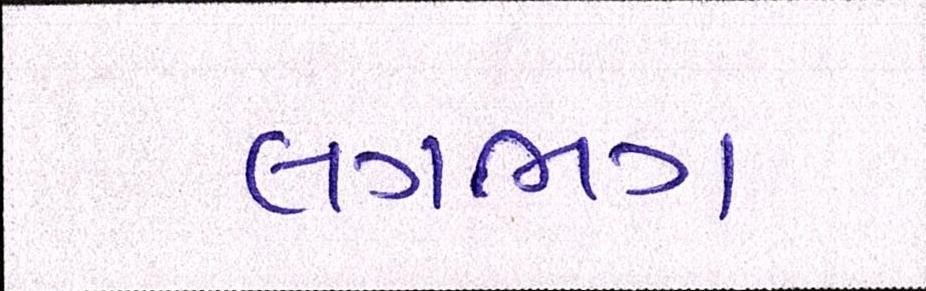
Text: લગભગ